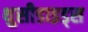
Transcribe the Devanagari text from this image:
थुसीडाइड्स